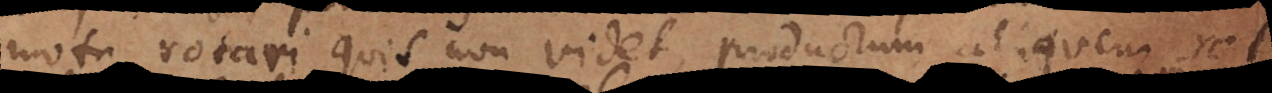
motu rotari, quis non videt, productum aliquem rot